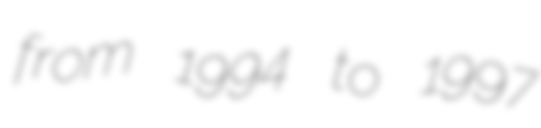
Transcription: from 1994 to 1997